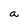
Character: a